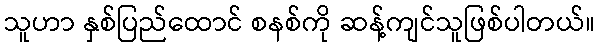
သူဟာ နှစ်ပြည်ထောင် စနစ်ကို ဆန့်ကျင်သူဖြစ်ပါတယ်။